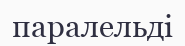
паралельді